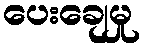
ပေးချေမှု